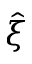
\hat { \xi }